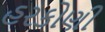
હરકોણી